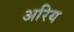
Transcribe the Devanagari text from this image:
अरिय